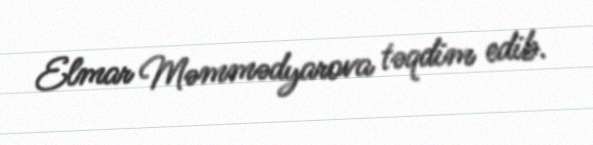
Elmar Məmmədyarova təqdim edib.